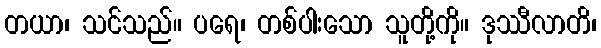
တယာ၊ သင်သည်။ ပရေ၊ တစ်ပါးသော သူတို့ကို။ ဒုဿီလာတိ၊